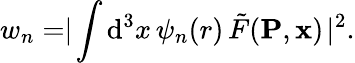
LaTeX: w_{n}=\mid\! \int\mathrm{d}^{3}x\, \psi_{n}(r)\, \tilde{{F}}({\mathbf{P}},{\mathbf{x}})\! \mid^{2}.